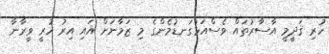
ހުރި ޤަދީމީ އާސާރުތައް ވެސްއަޅުގަނޑުމެންގެ މި ޒަމާނަށް އައި އިރު ހުރީ ވީރާނާ